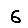
Digit: 6